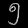
Digit: ၅